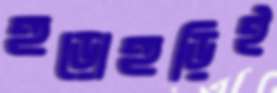
হুড়োহুড়িই